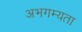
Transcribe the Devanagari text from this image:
अभगम्यता